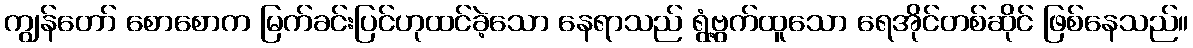
ကျွန်တော် စောစောက မြက်ခင်းပြင်ဟုထင်ခဲ့သော နေရာသည် ရွံ့ဗွက်ထူသော ရေအိုင်တစ်ဆိုင် ဖြစ်နေသည်။